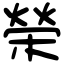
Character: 榮